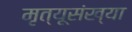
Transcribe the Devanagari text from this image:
मृत्यूसंख्या